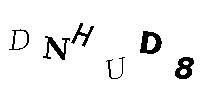
DNHUD8